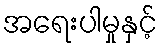
အရေးပါမှုနှင့်